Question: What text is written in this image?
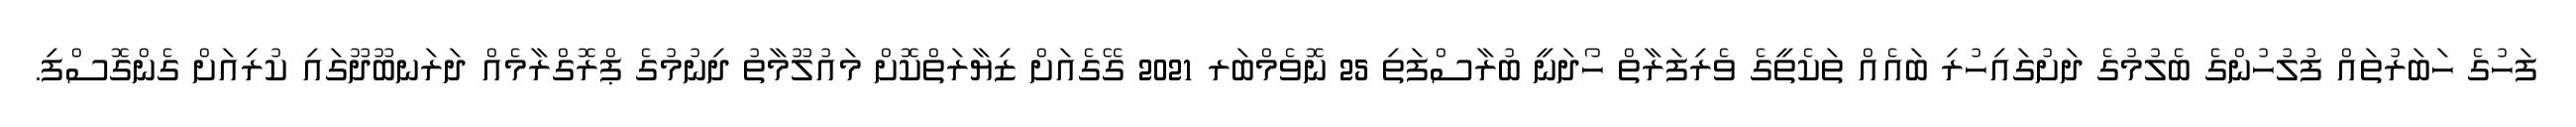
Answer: ފަހުގެ ހަބަރުތައް ފުލުހުންގެ ބެލުމުގެ ދަށުގައިހުރި ބައެއް ތަކެތީގެ ވެރިފަރާތް ހޯދަނީ ބުރާސްފަތި 25 ނޮވެމްބަރ 2021 ގޭގެއަށް ޒިޔާރަތްކޮށް މައުލޫމާތު ދިނުމުގެ ޕްރޮގްރާމެއް ދަރަނބޫދޫގައި ކުރިއަށް ގެންގޮސްފި.